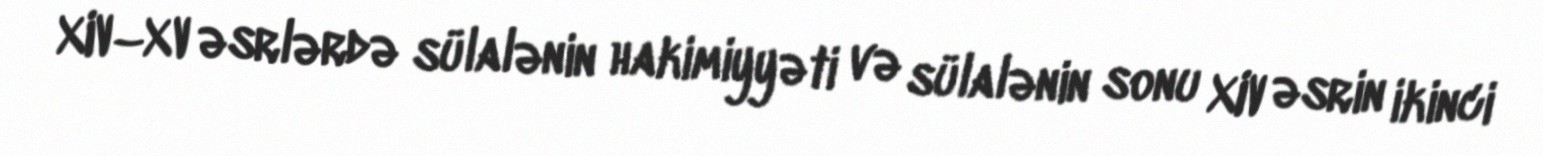
XIV–XV əsrlərdə sülalənin hakimiyyəti və sülalənin sonu XIV əsrin ikinci